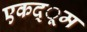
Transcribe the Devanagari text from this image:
एकद्ूम